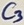
Text: C3